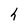
Character: h